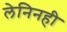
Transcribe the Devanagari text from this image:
लेनिनही